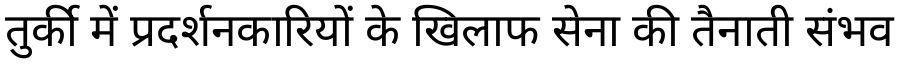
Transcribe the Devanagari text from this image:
तुर्की में प्रदर्शनकारियों के खिलाफ सेना की तैनाती संभव